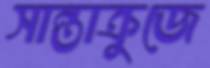
সান্তাক্রুজে